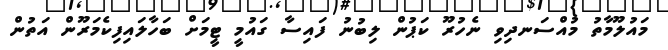
މައުލޫމާތު މުއްސަނދިވި ނެހުރޫ ކަޕުން ލިބުނު ފައިސާ ގައުމީ ޓީމަށް ބަހާލައިފިކެމަރޫން އަތުން